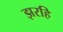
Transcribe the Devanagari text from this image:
झरहि